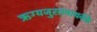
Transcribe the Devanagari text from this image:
ऋग्यजुसामाथर्वके